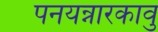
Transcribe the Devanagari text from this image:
पनयन्नारकावु